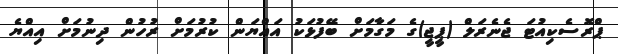
ޕްރޮސެކިއުޓަ ޖެނެރަލް (ޕީޖީ)ގެ މަގާމަށް ބޭފުޅަކު އައްޔަން ކުރުމަށް ރުހުން ދިނުމަށް އިއްޔެ